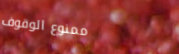
ممنوع الوقوف